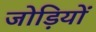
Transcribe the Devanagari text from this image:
जोड़ियों